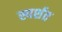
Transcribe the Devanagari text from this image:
स्पर्शत